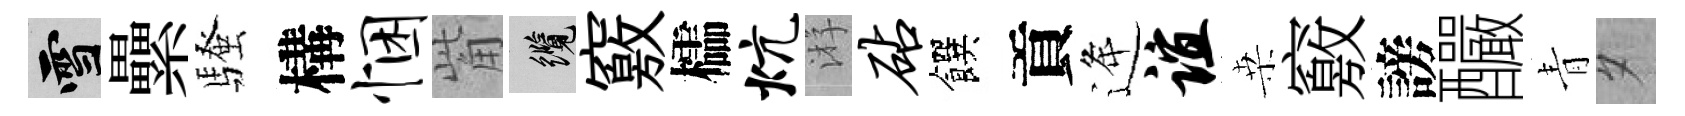
雪纍騷構悃觜纜竅櫺炕㳺砧饌貢逄谊桒竅謗釅青夕